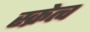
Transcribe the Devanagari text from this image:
स्क्रेत्च